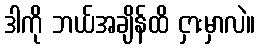
ဒါကို ဘယ်အချိန်ထိ ငှားမှာလဲ။